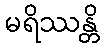
မရိဿန္တိ